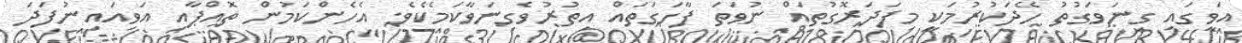
އަވީގައި ގިނަވަގުތު ހޭދަކުރުމަކީ މިފަދަރޮގުތައް ނުވަތަ ފާހަގަތައް އިތުރުވެގިނަވާކަމެކެވެ. އެހެންކަމުން ތޮއްޕާއި އަވިއައިނުފަދަ